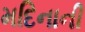
મદિનાની